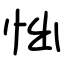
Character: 㤕